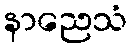
နာညေသံ